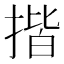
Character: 揩